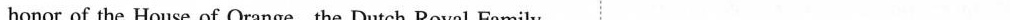
honor of the House of Orange, the Dutch Royal Family. C. white D. yellow